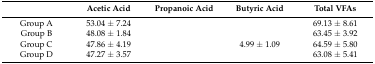
<table><thead><tr><td>[EMPTY_CELL]</td><td><b>Acetic Acid</b></td><td><b>Propanoic Acid</b></td><td><b>Butyric Acid</b></td><td><b>Total VFAs</b></td></tr></thead><tbody><tr><td>Group A</td><td>53.04 ± 7.24</td><td>[EMPTY_CELL]</td><td>[EMPTY_CELL]</td><td>69.13 ± 8.61</td></tr><tr><td>Group B</td><td>48.08 ± 1.84</td><td>[EMPTY_CELL]</td><td>[EMPTY_CELL]</td><td>63.45 ± 3.92</td></tr><tr><td>Group C</td><td>47.86 ± 4.19</td><td>[EMPTY_CELL]</td><td>4.99 ± 1.09</td><td>64.59 ± 5.80</td></tr><tr><td>Group D</td><td>47.27 ± 3.57</td><td>[EMPTY_CELL]</td><td>[EMPTY_CELL]</td><td>63.08 ± 5.41</td></tr></tbody></table>